Indian journal of veterinary science and animal husbandry - Volume 11,
Year: 1941
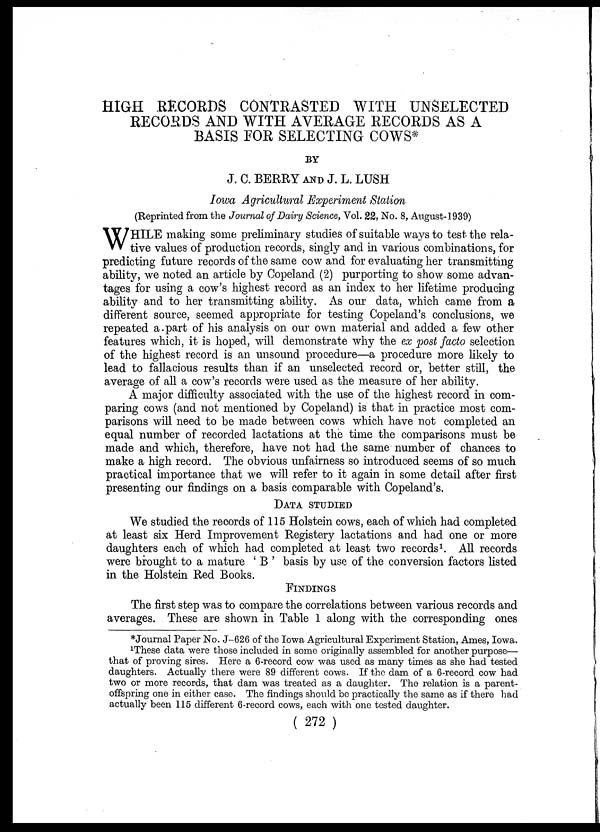
HIGH RECORDS CONTRASTED WITH UNSELECTED
RECORDS AND WITH AVERAGE RECORDS AS A
BASIS FOR SELECTING COWS*
BY
J. C. BERRY AND J. L. LUSH
Iowa Agricultural Experiment Station
(Reprinted from the Journal of Dairy Science, Vol. 22, No. 8, August-1939)
W HILE making some preliminary studies of suitable ways to test the rela-
tive values of production records, singly and in various combinations, for
predicting future records of the same cow and for evaluating her transmitting
ability, we noted an article by Copeland (2) purporting to show some advan-
tages for using a cow's highest record as an index to her lifetime producing
ability and to her transmitting ability. As our data, which came from a
different source, seemed appropriate for testing Copeland's conclusions, we
repeated a part of his analysis on our own material and added a few other
features which, it is hoped, will demonstrate why the ex post facto selection
of the highest record is an unsound procedure—a procedure more likely to
lead to fallacious results than if an unselected record or, better still, the
average of all a cow's records were used as the measure of her ability.
A major difficulty associated with the use of the highest record in com-
paring cows (and not mentioned by Copeland) is that in practice most com-
parisons will need to be made between cows which have not completed an
equal number of recorded lactations at the time the comparisons must be
made and which, therefore, have not had the same number of chances to
make a high record. The obvious unfairness so introduced seems of so much
practical importance that we will refer to it again in some detail after first
presenting our findings on a basis comparable with Copeland's.
DATA STUDIED
We studied the records of 115 Holstein cows, each of which had completed
at least six Herd Improvement Registery lactations and had one or more
daughters each of which had completed at least two records 1 . All records
were brought to a mature ' B ' basis by use of the conversion factors listed
in the Holstein Red Books.
FINDINGS
The first step was to compare the correlations between various records and
averages. These are shown in Table 1 along with the corresponding ones
*Journal Paper No. J-626 of the Iowa Agricultural Experiment Station, Ames, Iowa.
1 These data were those included in some originally assembled for another purpose—
that of proving sires. Here a 6-record cow was used as many times as she had tested
daughters. Actually there were 89 different cows. If the dam of a 6-record cow had
two or more records, that dam was treated as a daughter. The relation is a parent-
offspring one in either case. The findings should be practically the same as if there had
actually been 115 different 6-record cows, each with one tested daughter.
( 272 )